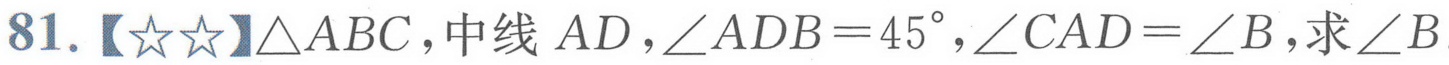
81.【☆☆】\(\triangle ABC\)，中线 \(AD\)，\(\angle ADB = 45^{\circ}\)，\(\angle CAD=\angle B\)，求\(\angle B\)